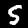
Digit: 5